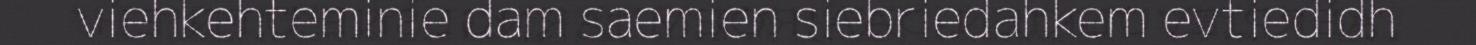
viehkehteminie dam saemien siebriedahkem evtiedidh